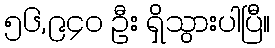
၅၆,၉၄၀ ဦး ရှိသွားပါပြီ။